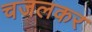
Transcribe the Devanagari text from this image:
चजलकर